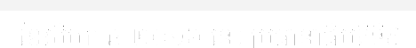
ខែសីហា ឆ្នាំ២០១៦ នេះ ប្រធានាធិបតីទី៩